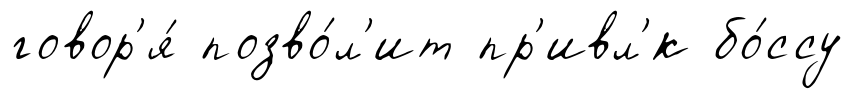
говор'я́ позво́л'ит пр'ивл'́к бо́ссу